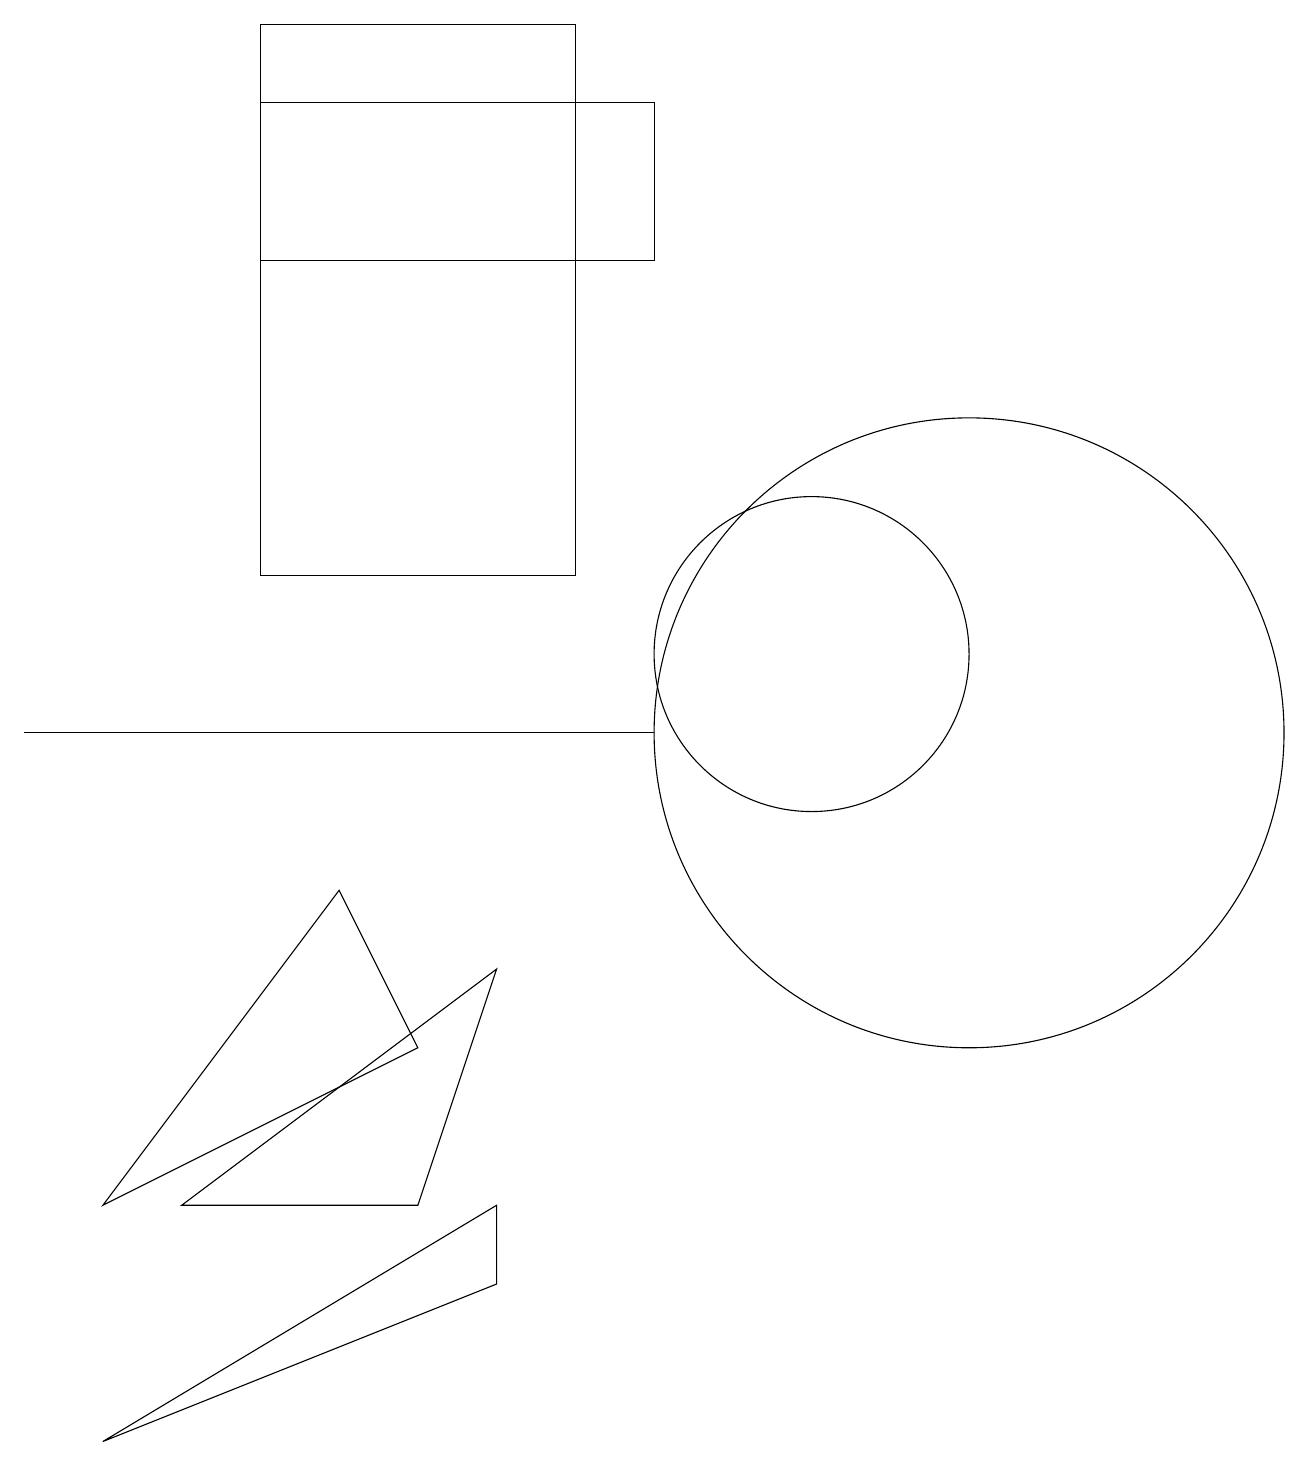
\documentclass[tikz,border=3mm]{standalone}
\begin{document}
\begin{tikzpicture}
\draw (8,16) rectangle (3,18);
\draw (4,8) -- (1,4) -- (5,6) -- cycle;
\draw (2,4) -- (6,7) -- (5,4) -- cycle;
\draw (6,3) -- (6,4) -- (1,1) -- cycle;
\draw (0,10) rectangle (8,10);
\draw (10,11) circle (2);
\draw (7,12) rectangle (3,19);
\draw (12,10) circle (4);
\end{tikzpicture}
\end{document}